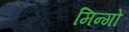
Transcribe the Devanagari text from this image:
मिन्गो